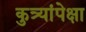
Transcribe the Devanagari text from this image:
कुत्र्यांपेक्षा